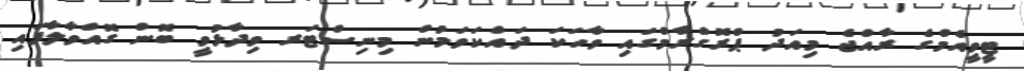
ޓީވީއެމްގެ ރާއްޖެ މިއަދު ޕްރޮގްރާމްގައި ވާހަކަ ދައްކަވަމުން މިނިސްޓަރ ވިދާޅުވީ ބޮން ގޮއްވާލާފައި